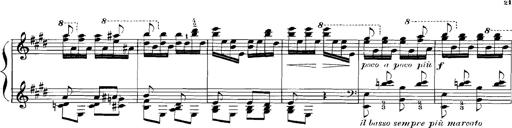
Title: Rhapsodies hongroises
Composer: Franz Liszt